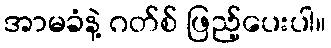
အာမခံနဲ့ ဂတ်စ် ဖြည့်ပေးပါ။